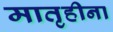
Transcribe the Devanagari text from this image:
मातृहीना